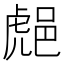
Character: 𨛸